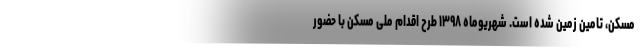
مسکن، تامین زمین شده است. شهریوماه ۱۳۹۸ طرح اقدام ملی مسکن با حضور